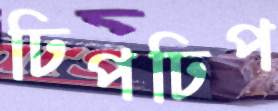
ঢিপঢিপ